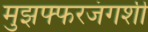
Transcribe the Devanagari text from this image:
मुझफ्फरजंगशी